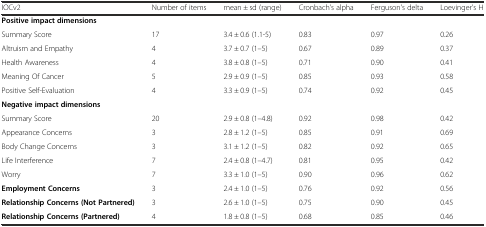
| IOCv2 | Number of items | mean ± sd (range) | Cronbach's alpha | Ferguson's delta | Loevinger's H |
 | --- | --- | --- | --- | --- | --- |
 | <COLSPAN=6> Positive impact dimensions |
 | Summary Score | 17 | 3.4 ± 0.6 (1.1-5) | 0.83 | 0.97 | 0.26 |
 | Altruism and Empathy | 4 | 3.7 ± 0.7 (1–5) | 0.67 | 0.89 | 0.37 |
 | Health Awareness | 4 | 3.8 ± 0.8 (1–5) | 0.71 | 0.90 | 0.41 |
 | Meaning Of Cancer | 5 | 2.9 ± 0.9 (1–5) | 0.85 | 0.93 | 0.58 |
 | Positive Self-Evaluation | 4 | 3.3 ± 0.9 (1–5) | 0.74 | 0.92 | 0.45 |
 | <COLSPAN=6> Negative impact dimensions |
 | Summary Score | 20 | 2.9 ± 0.8 (1–4.8) | 0.92 | 0.98 | 0.42 |
 | Appearance Concerns | 3 | 2.8 ± 1.2 (1–5) | 0.85 | 0.91 | 0.69 |
 | Body Change Concerns | 3 | 3.1 ± 1.2 (1–5) | 0.82 | 0.92 | 0.65 |
 | Life Interference | 7 | 2.4 ± 0.8 (1–4.7) | 0.81 | 0.95 | 0.42 |
 | Worry | 7 | 3.3 ± 1.0 (1–5) | 0.90 | 0.96 | 0.62 |
 | Employment Concerns | 3 | 2.4 ± 1.0 (1–5) | 0.76 | 0.92 | 0.56 |
 | Relationship Concerns (Not Partnered) | 3 | 2.6 ± 1.0 (1–5) | 0.75 | 0.90 | 0.45 |
 | Relationship Concerns (Partnered) | 4 | 1.8 ± 0.8 (1–5) | 0.68 | 0.85 | 0.46 |